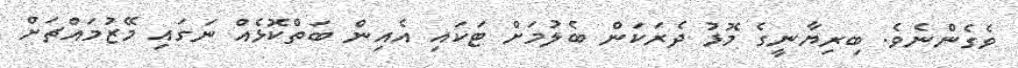
ވެގެންނެވެ. ބިރިޔާނީގެ މޮޅު ދެރަކަން ބެލުމަށް ޓަކައި އެއިން ބަތްކޮޅެއް ނަގައި މޭޒުމައްޗަށް